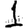
Digit: 1